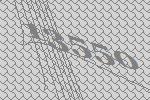
13550